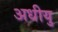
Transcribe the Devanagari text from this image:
अधीयु